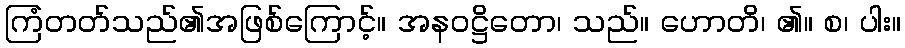
ကြံတတ်သည်၏အဖြစ်ကြောင့်။ အနဝဋ္ဌိတော၊ သည်။ ဟောတိ၊ ၏။ စ၊ ပါး။